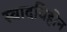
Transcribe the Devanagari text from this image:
स्वादविहीन